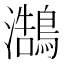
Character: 𪄣